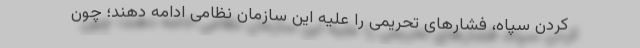
کردن سپاه، فشارهای تحریمی را علیه این سازمان نظامی ادامه دهند؛ چون